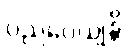
ပညပေယျန္တိ